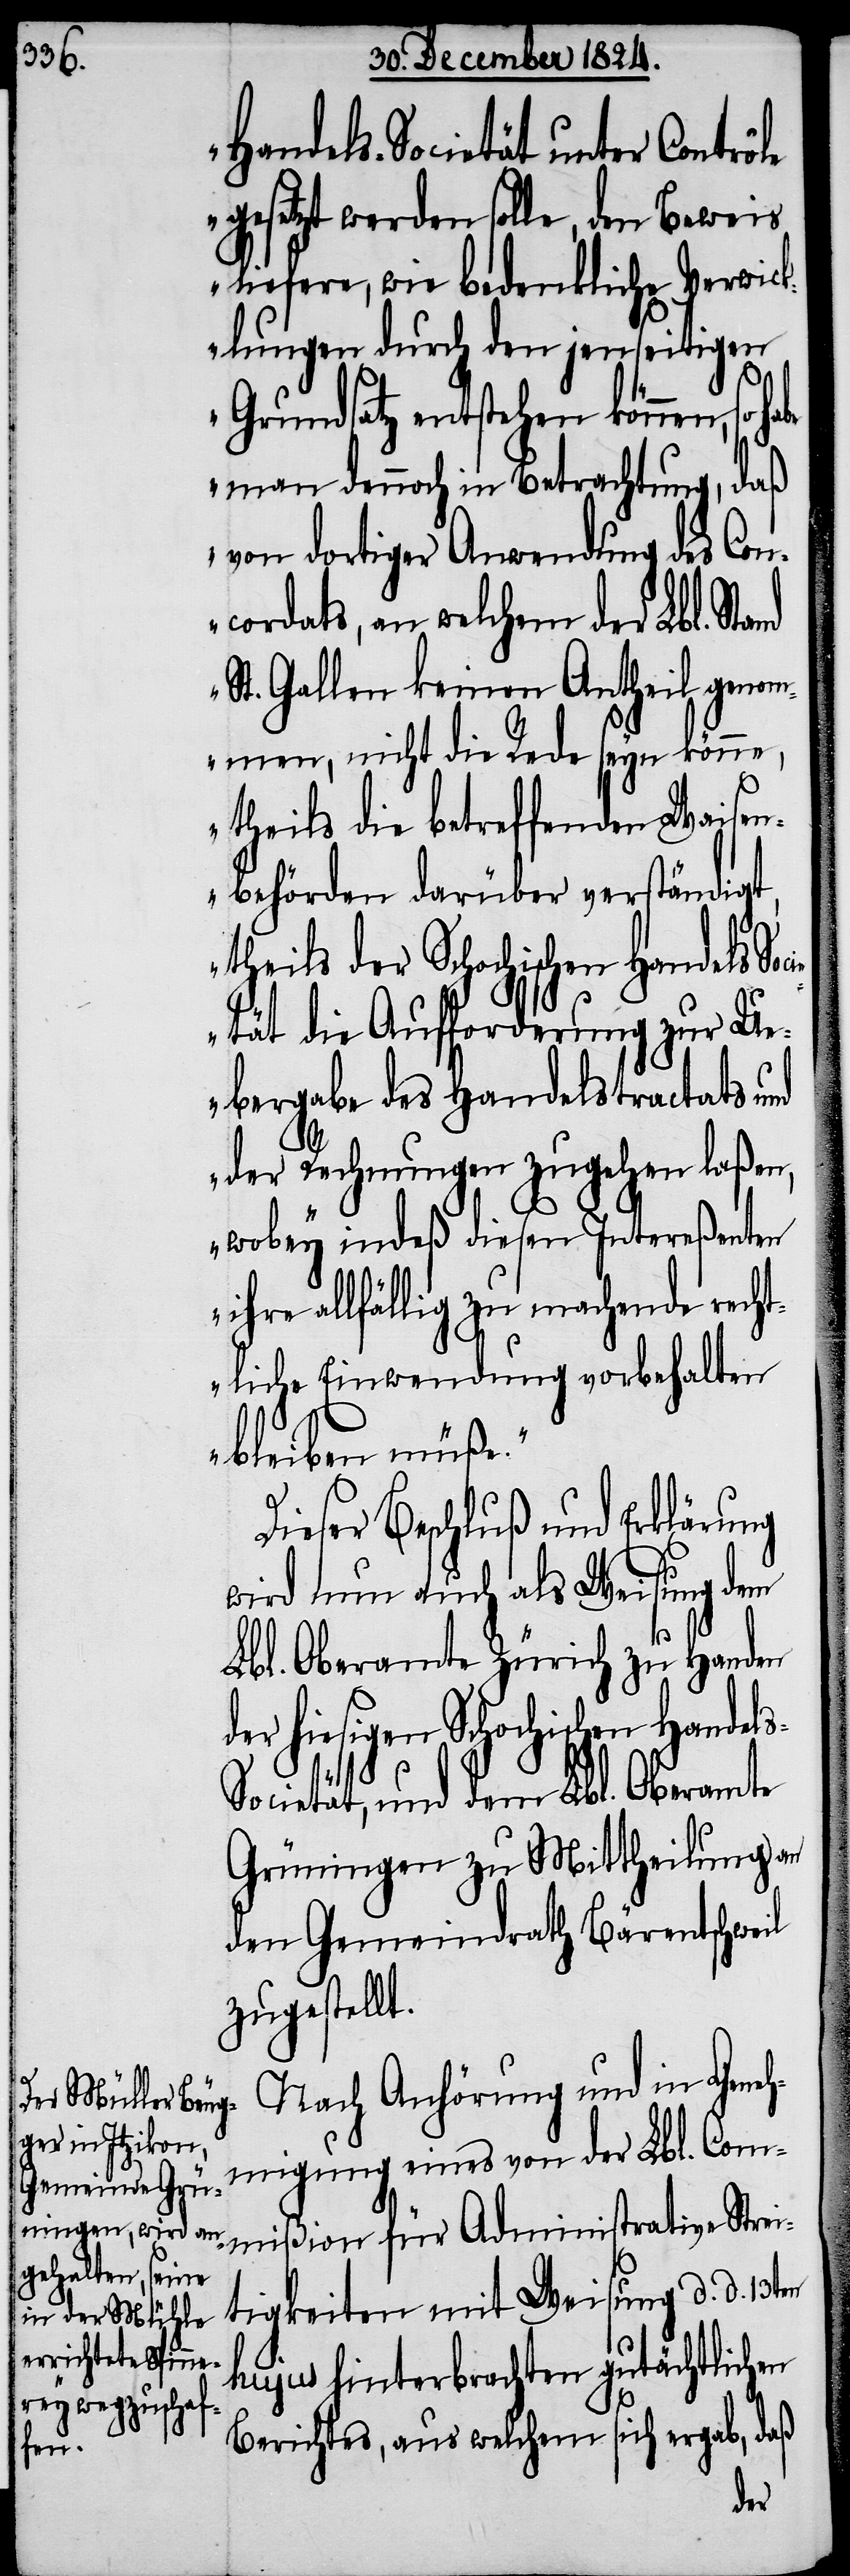
Handels-Societät unter Contrôle
gesetzt werden solle, den Beweis
liefere, wie bedenkliche Verwick¬
lungen durch den jenseitigen
Grundsatz entstehen können, so
man dennoch in Betrachtung, daß
von dortiger Anwendung des Con¬
cordats, an welchem der Lbl. Stand
St. Gallen keinen Antheil genom¬
men, nicht die Rede seyn könne,
theils die betreffenden Waisen¬
behörden darüber verständigt,
theils der Schochischen Handels So¬
etät die Aufforderung zur Ue¬
bergabe des Handelstractats und
der Rechnungen zugehen laßen,
s-S¬
wobey indeß diesen Intereßenten
ihre allfällig zu machende recht¬
liche Einwendung vorbehalten
bleiben müße.“
Dieser Beschluß und Erklärung
wird nun auch als Weisung dem
Lbl. Oberamte Zürich zu Handen
der hiesigen Schochischen Handel¬
ocietät, und dem Lbl. Oberamte
Grüningen zu Mittheilung an
den Gemeindrath Bärentschweil
zugestellt.
Nach Anhörung und in Geneh¬
migung eines von der Lbl. Com¬
mißion für Administrative Strei¬
tigkeiten mit Weisung d. d. 13ten
hujus hinterbrachten gutächtlichen
Berichtes, aus welchem sich ergab, daß